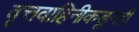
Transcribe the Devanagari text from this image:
वृत्तवाहिनीकडूनही